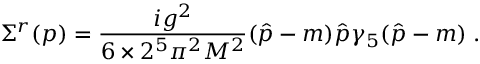
\Sigma ^ { r } ( p ) = \frac { i g ^ { 2 } } { 6 \times 2 ^ { 5 } { \pi } ^ { 2 } M ^ { 2 } } ( \hat { p } - m ) \hat { p } \gamma _ { 5 } ( \hat { p } - m ) \; .